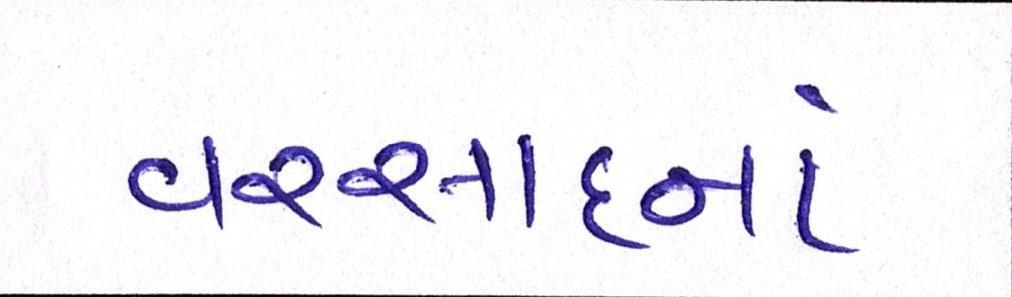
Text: વરસાદનાં